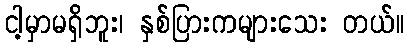
ငါ့မှာမရှိဘူး၊ နှစ်ပြားကများသေး တယ်။